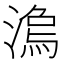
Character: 𣻍